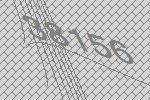
38156